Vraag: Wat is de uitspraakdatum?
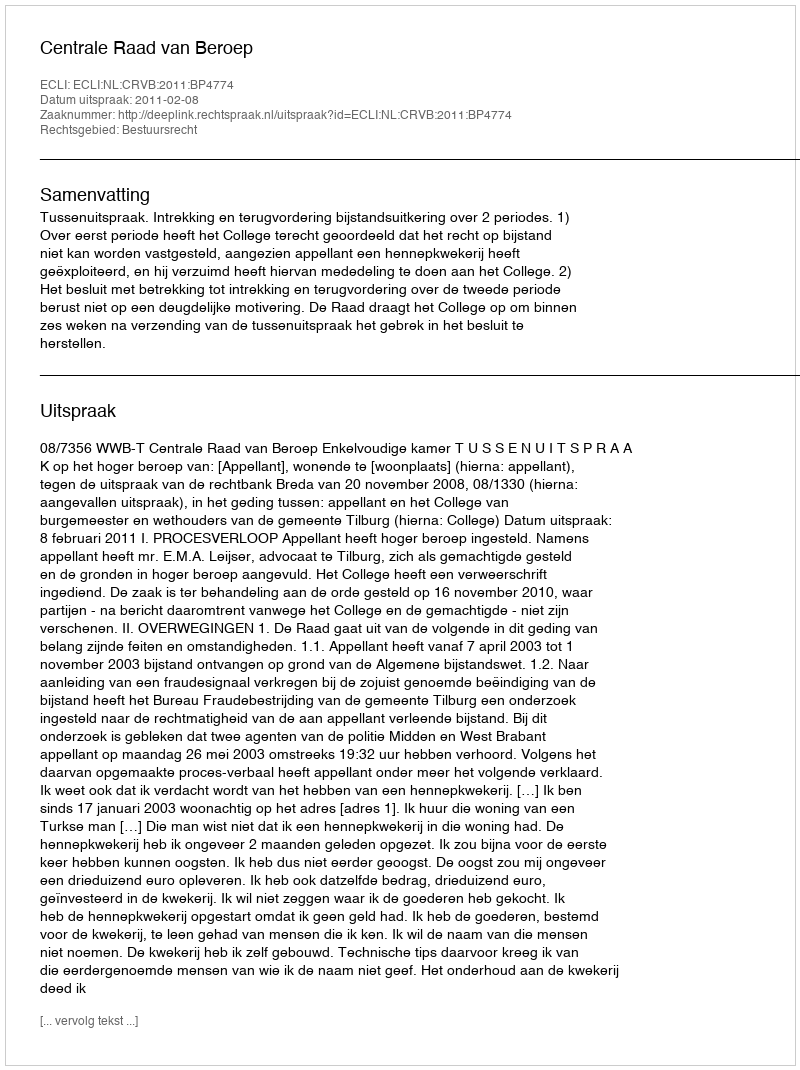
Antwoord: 2011-02-08